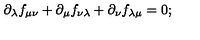
{ \partial _ { \lambda } } f _ { \mu \nu } + { \partial _ { \mu } } f _ { \nu \lambda } + { \partial _ { \nu } } f _ { \lambda \mu } = 0 ;